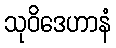
သုဝိဒေဟာနံ